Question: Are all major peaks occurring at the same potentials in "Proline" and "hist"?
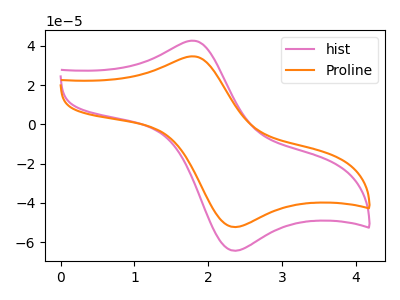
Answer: <think>The pink curve "hist" has an anodic peak at (1.80V, 42.55uA) and a cathodic peak at (2.40V, -64.30uA). The orange curve "Proline" has an anodic peak at (1.80V, 34.60uA) and a cathodic peak at (2.40V, -52.25uA).</think>
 <answer>Yes, "Proline" have a peak in "hist" at the same potential.</answer>
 <eval>match</eval>